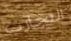
التجارب